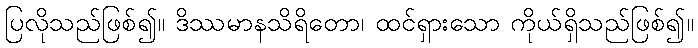
ပြလိုသည်ဖြစ်၍။ ဒိဿမာနသိရိတော၊ ထင်ရှားသော ကိုယ်ရှိသည်ဖြစ်၍။